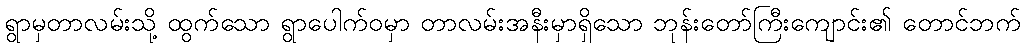
ရွာမှတာလမ်းသို့ ထွက်သော ရွာပေါက်ဝမှာ တာလမ်းအနီးမှာရှိသော ဘုန်းတော်ကြီးကျောင်း၏ တောင်ဘက်